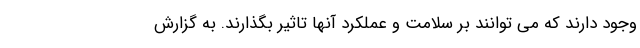
وجود دارند که می توانند بر سلامت و عملکرد آنها تاثیر بگذارند. به گزارش